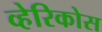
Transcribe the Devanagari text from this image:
व्हेरिकोस